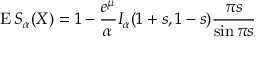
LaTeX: \operatorname { E } S _ { \alpha } ( X ) = 1 - { \frac { e ^ { \mu } } { \alpha } } I _ { \alpha } ( 1 + s , 1 - s ) { \frac { \pi s } { \sin \pi s } }